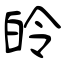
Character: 皊